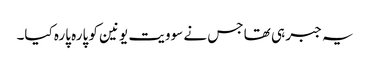
یہ جبر ہی تھا جس نے سوویت یونین کو پارہ پارہ کیا۔